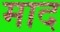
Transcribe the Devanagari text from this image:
माद